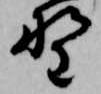
野